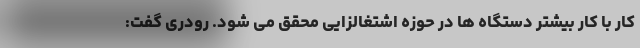
کار با کار بیشتر دستگاه ها در حوزه اشتغالزایی محقق می شود. رودری گفت: